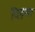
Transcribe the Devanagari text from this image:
दिक्ष्या